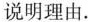
说明理由。